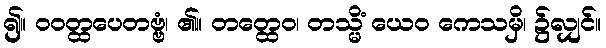
၍။ ဝဝတ္ထပေတဗ္ဗံ၊ ၏။ တတ္ထေဝ၊ တသ္မိံ ယေဝ ကေသမှိ၊ ၌လျှင်။